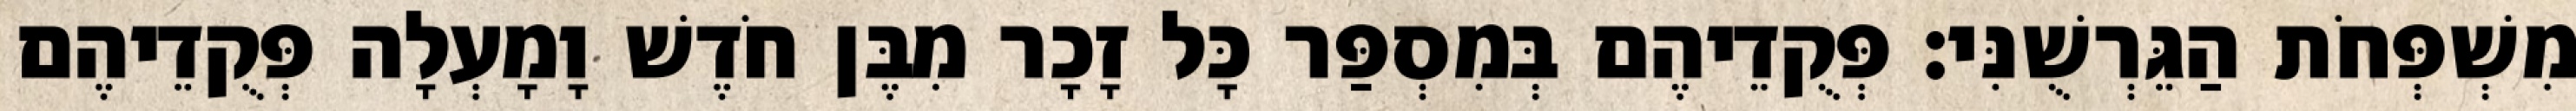
מִשְׁפְּחֹת הַגֵּרְשֻׁנִּי׃ פְּקֻדֵיהֶם בְּמִסְפַּר כָּל זָכָר מִבֶּן חֹדֶשׁ וָמָעְלָה פְּקֻדֵיהֶם